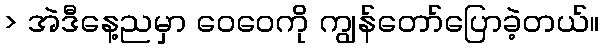
> အဲဒီနေ့ညမှာ ဝေဝေကို ကျွန်တော်ပြောခဲ့တယ်။